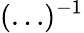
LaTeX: (\ldots)^{-1}